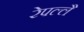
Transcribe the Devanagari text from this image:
रेपल्लै